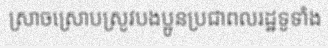
ស្រាចស្រោបស្រូវបងប្អូនប្រជាពលរដ្ឋទូទាំង